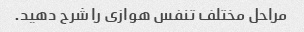
مراحل مختلف تنفس هوازی را شرح دهید.